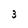
Character: 3